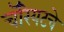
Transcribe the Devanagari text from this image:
चॅरियटचे